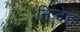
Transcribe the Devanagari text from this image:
निःदेह